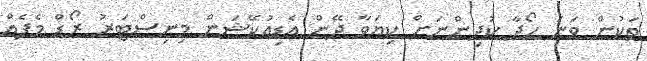
ތަކުން ވަނަ ހޯދާ ކުދިންނަށް ކިޔަވާ ދޭން އެޑިއުކޭޝަން މިނިސްޓަރު ރޯޑް މެޕެއް